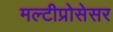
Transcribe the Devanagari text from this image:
मल्टीप्रोसेसर